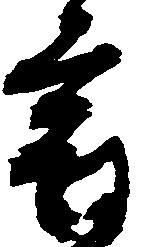
宿